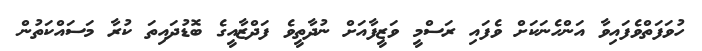
ހުވަފަތްވެފައިވާ އަންހެނަކަށް ވެފައި ރަސްމީ ވަޒީފާއަށް ނުދާތީވެ ފަދްޒާއީގެ ބޮޑުދައިތަ ކުރާ މަސައްކަތުން